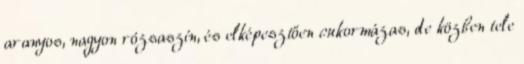
aranyos, nagyon rózsaszín, és elképesztően cukormázas, de közben tele